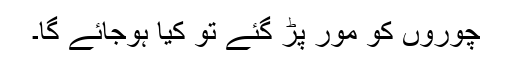
چوروں کو مور پڑ گئے تو کیا ہوجائے گا۔